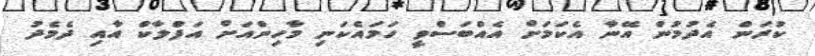
ކުރަން އެދުމުން އޭނާ އެކަމަށް އެއްބަސްވީ ހަމައެކަނި މާހިންއަށް އަފްލާކް އާއި ދެމެދު